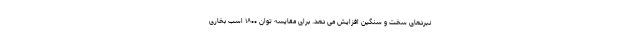
نبردهای سخت و سنگین افزایش می دهد. برای مقایسه توان ۱۸۰۰ اسب بخاری